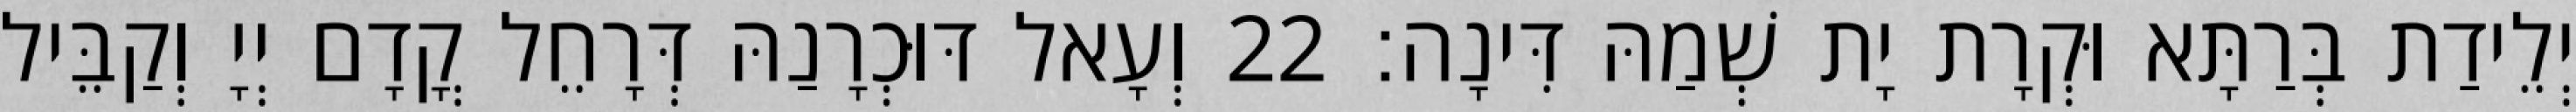
יְלֵידַת בְּרַתָּא וּקְרָת יָת שְׁמַהּ דִּינָה׃ 22 וְעָאל דּוּכְרָנַהּ דְּרָחֵל קֳדָם יְיָ וְקַבֵּיל